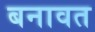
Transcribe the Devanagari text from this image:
बनावत